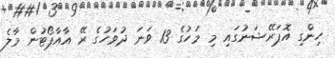
ހިންގި އޮޕަރޭޝަނުގައި މި މަހުގެ 13 ވަނަ ދުވަހުގެ ރޭ އާއާޕޯޓުން މާލެ